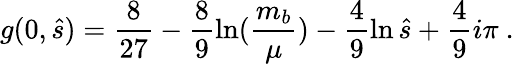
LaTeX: g(0,\hat{s})=\frac{8}{27}-\frac{8}{9}\ln(\frac{m_{b}}{\mu})-\frac{4}{9}\ln\hat{s}+\frac{4}{9}i\pi~.